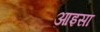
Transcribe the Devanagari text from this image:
आइसा